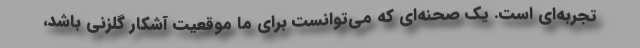
تجربه‌ای است. یک صحنه‌ای که می‌توانست برای ما موقعیت آشکار گلزنی باشد،